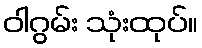
ဝါဂွမ်း သုံးထုပ်။